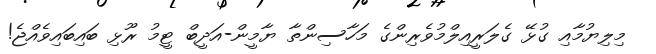
މިލިޔުމާއި ގުޅޭ ގެލަރީއިލްމުވެރިންގެ މަހާސިންތާ ޔާމީން-އަދީބް ޓީމު ރޫޅި ބައިބައިވެއްޖެ!